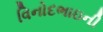
વિનોદભાઇની